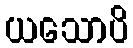
ယသောပိ